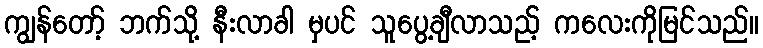
ကျွန်တော့် ဘက်သို့ နီးလာခါ မှပင် သူပွေ့ချီလာသည့် ကလေးကိုမြင်သည်။